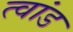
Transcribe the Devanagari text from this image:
त्वांड